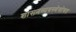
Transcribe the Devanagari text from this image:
शासनव्यवस्थेसोबत